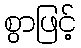
စွာဖြင့်